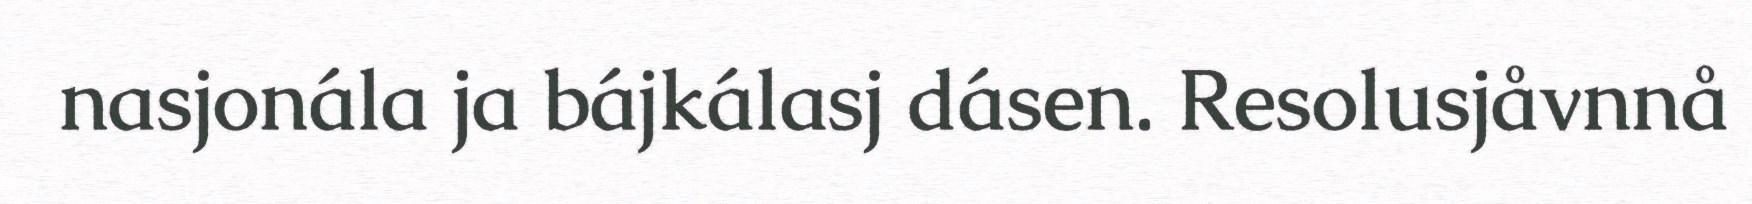
nasjonála ja bájkálasj dásen. Resolusjåvnnå